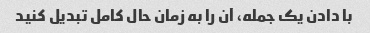
با دادن یک جمله، آن را به زمان حال کامل تبدیل کنید